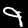
Label: 9